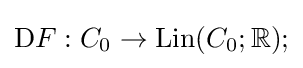
\mathrm {D} F:C_{0}\to \mathrm {Lin} (C_{0};\mathbb {R} );